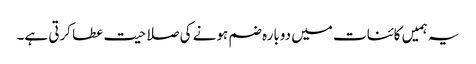
یہ ہمیں کائنات میں دوبارہ ضم ہونے کی صلاحیت عطا کرتی ہے۔